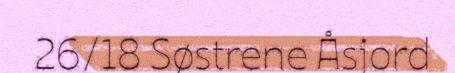
26/18 Søstrene Åsjord